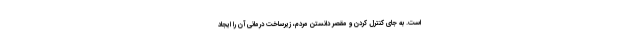
است. به جای کنترل کردن و مقصر دانستن مردم، زیرساخت درمانی آن را ایجاد